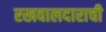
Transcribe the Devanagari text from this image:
रखवालदाराची